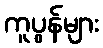
ကူပွန်များ